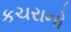
કચરાનો